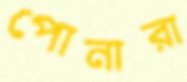
পোনারা